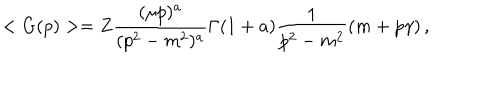
< G ( p ) > = Z \frac { ( \mu p ) ^ { a } } { ( p ^ { 2 } - m ^ { 2 } ) ^ { a } } \Gamma ( 1 + a ) \frac { 1 } { p ^ { 2 } - m ^ { 2 } } \left( m + p \gamma \right) ,